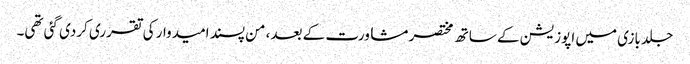
جلد بازی میں اپوزیشن کے ساتھ مختصر مشاورت کے بعد، من پسند امیدوار کی تقرری کردی گئی تھی۔